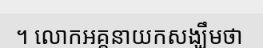
។ លោកអគ្គនាយកសង្ឃឹមថា